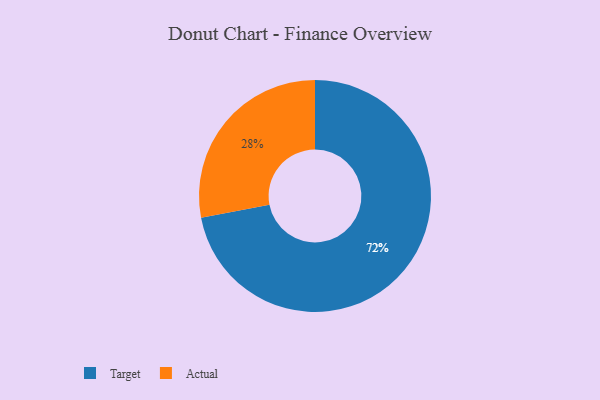
{"axis": {"x": "Category", "y": "Percentage"}, "legend": ["Actual", "Target"], "data": [{"x": "Actual", "y": 28, "type": "Actual"}, {"x": "Target", "y": 72, "type": "Target"}]}